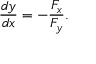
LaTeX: { \frac { d y } { d x } } = - { \frac { F _ { x } } { F _ { y } } } .